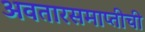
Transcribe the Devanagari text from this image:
अवतारसमाप्तीची